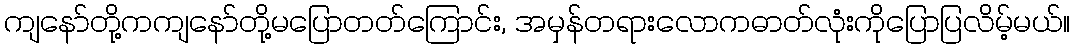
ကျနော်တို့ကကျနော်တို့မပြောတတ်ကြောင်း, အမှန်တရားလောကဓာတ်လုံးကိုပြောပြလိမ့်မယ်။